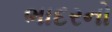
ભાદરનો